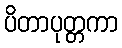
ပိတာပုတ္တကာ